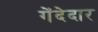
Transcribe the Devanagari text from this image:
गेंदेदार